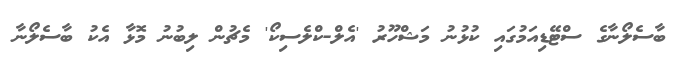
ބާސެލޯނާގެ ސްޓޭޑިއަމުގައި ކުޅުނު މަޝްހޫރު 'އެލް-ކްލެސިކޯ' މެޗުން ލިބުނު މޮޅާ އެކު ބާސެލޯނާ